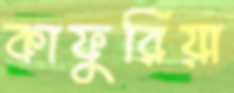
কাফুরিয়া